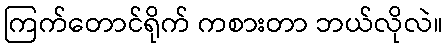
ကြက်တောင်ရိုက် ကစားတာ ဘယ်လိုလဲ။